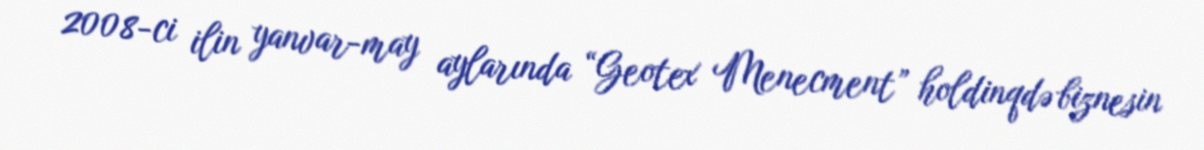
2008-ci ilin yanvar-may aylarında “Geotex Menecment” holdinqdə biznesin